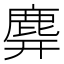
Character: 𪊑